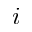
i